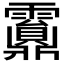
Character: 𩆹